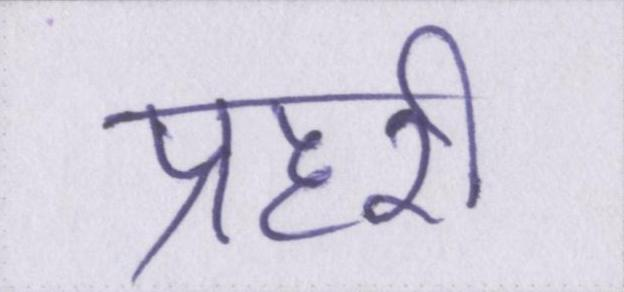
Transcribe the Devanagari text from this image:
प्रहरी